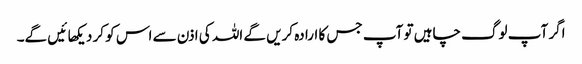
اگر آپ لوگ چاہیں تو آپ جس کا ارادہ کریں گے اللہ کی اذن سے اس کو کر دیکهائیں گے۔